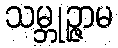
သမ္ဘုဉ္ဇာမ